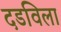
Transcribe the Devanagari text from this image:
दडविला